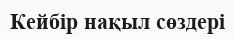
Кейбір нақыл сөздері